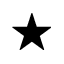
\star